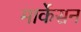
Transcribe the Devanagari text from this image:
मार्केसन